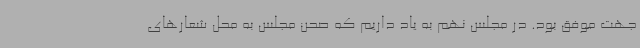
جهت موفق بود. در مجلس نهم به یاد داریم که صحن مجلس به محل شعارهای